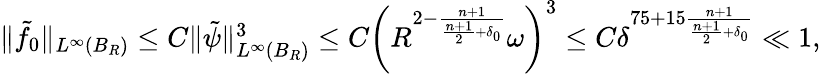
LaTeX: \begin{array}{r}{\| \tilde{f}_{0}\| _{L^{\infty}(B_{R})}\leq C\| \tilde{\psi}\| _{L^{\infty}(B_{R})}^{3}\leq C\left(R^{2-\frac{n+1}{\frac{n+1}{2}+\delta_{0}}}\omega\right)^{3}\leq C\delta^{75+15\frac{n+1}{\frac{n+1}{2}+\delta_{0}}}\ll 1,}\end{array}